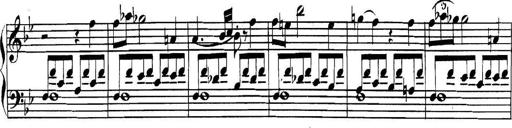
Title: Collected Piano Sonatas
Composer: Muzio Clementi